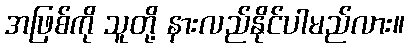
အဖြစ်ကို သူတို့ နားလည်နိုင်ပါမည်လား။